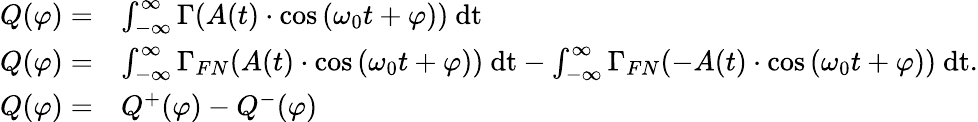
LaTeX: \begin{array}{rl}{Q(\varphi)=}&{\int_{-\infty}^{\infty}\Gamma(A(t)\cdot\mathrm{cos}\left(\omega_{0}t+\varphi\right))~\mathrm{dt}}\\ {Q(\varphi)=}&{\int_{-\infty}^{\infty}\Gamma_{FN}(A(t)\cdot\mathrm{cos}\left(\omega_{0}t+\varphi\right))~\mathrm{dt}-\int_{-\infty}^{\infty}\Gamma_{FN}(-A(t)\cdot\mathrm{cos}\left(\omega_{0}t+\varphi\right))~\mathrm{dt}.}\\ {Q(\varphi)=}&{Q^{+}(\varphi)-Q^{-}(\varphi)}\end{array}